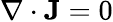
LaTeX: \nabla\cdot\mathbf{J}=0